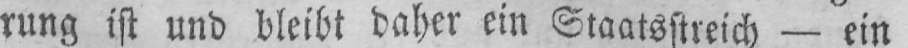
rung ist und bleibt daher ein Staatsstreich - ein